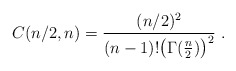
\begin{align*} C(n/2,n)=\frac{(n/2)^2}{(n-1)!\bigl(\Gamma(\frac n2)\bigr)^2}\ . \end{align*}